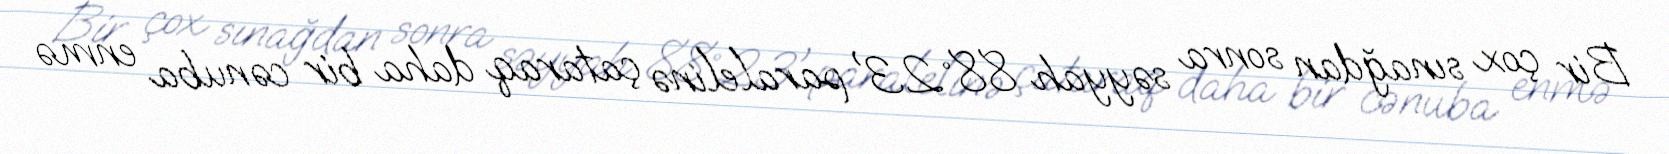
Bir çox sınağdan sonra səyyah 88°23' paralelinə çataraq daha bir cənuba enmə